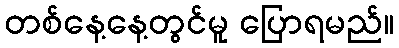
တစ်နေ့နေ့တွင်မူ ပြောရမည်။